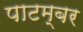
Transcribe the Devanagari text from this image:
पाटम्बर